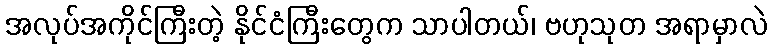
အလုပ်အကိုင်ကြီးတဲ့ နိုင်ငံကြီးတွေက သာပါတယ်၊ ဗဟုသုတ အရာမှာလဲ